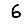
Digit: 6